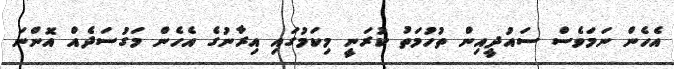
އެހެން ނަމަވެސް ސައުދީއިން ތުހުމަތު ކުރަނީ މިކަމުގައި އިރާނުގެ އެހެން މަގުސަދެއް އޮންނަ